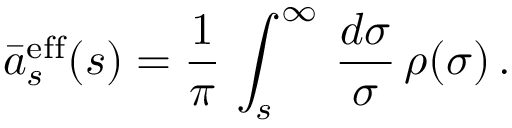
\bar { a } _ { s } ^ { \mathrm { e f f } } ( s ) = \frac { 1 } { \pi } \, \int _ { s } ^ { \infty } \, \frac { d \sigma } { \sigma } \, \rho ( \sigma ) \, .